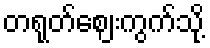
တရုတ်ဈေးကွက်သို့